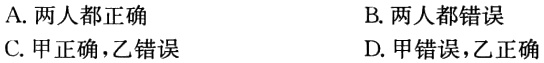
A. 两人都正确
B. 两人都错误
C. 甲正确，乙错误
D. 甲错误，乙正确